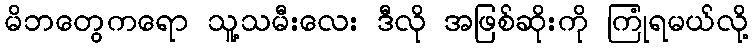
မိဘတွေကရော သူ့သမီးလေး ဒီလို အဖြစ်ဆိုးကို ကြုံရမယ်လို့